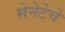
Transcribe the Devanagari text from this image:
सेनेटेचे